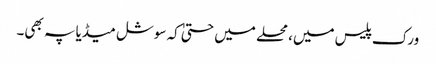
ورک پلیس میں، محلے میں حتیٰ کہ سوشل میڈیا پہ بھی۔